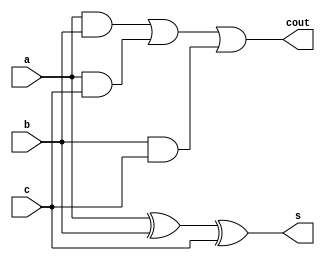
`timescale 1ns / 1ps
//////////////////////////////////////////////////////////////////////////////////
// Company: 
// Engineer: 
// 
// Design Name: 
// Module Name: fulladder
// Project Name: 
// Target Devices: 
// Tool Versions: 
// Description: 
// 
// Dependencies: 
// 
// Revision:
// Revision 0.01 - File Created
// Additional Comments:
// 
//////////////////////////////////////////////////////////////////////////////////

module fulladder(
    input a,
    input b,
    input c,
    output s,
    output cout
    );
    
    assign #1 s=a^b^c;
    assign #2 cout=(a&b)|(a&c)|(b&c);
endmodule